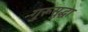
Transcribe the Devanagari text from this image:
गुरूसुद्धा